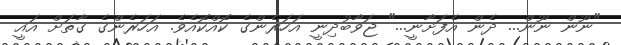
"ނޫން ނޫން... ދެން އެފަށާނީ..." ޖަވާބުދިނީ އަހަރެންގެ ކޮއްކޮއެވެ. އަހަރެންގެ ގާތަށް އައީ